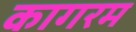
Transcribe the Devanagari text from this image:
कागरम